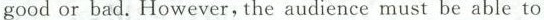
good or bad. However, the audience must be able to